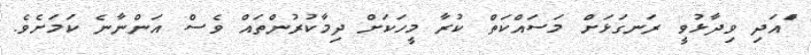
ްައަދި ވިދާޅުވީ ރަނގަޅަށް މަސައްކަތް ކުރާ މީހަކަށް ދިމާކުރުންތައް ވެސް އަންނާނެ ކަމަށެވެ.